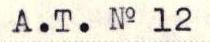
A.T. No 12